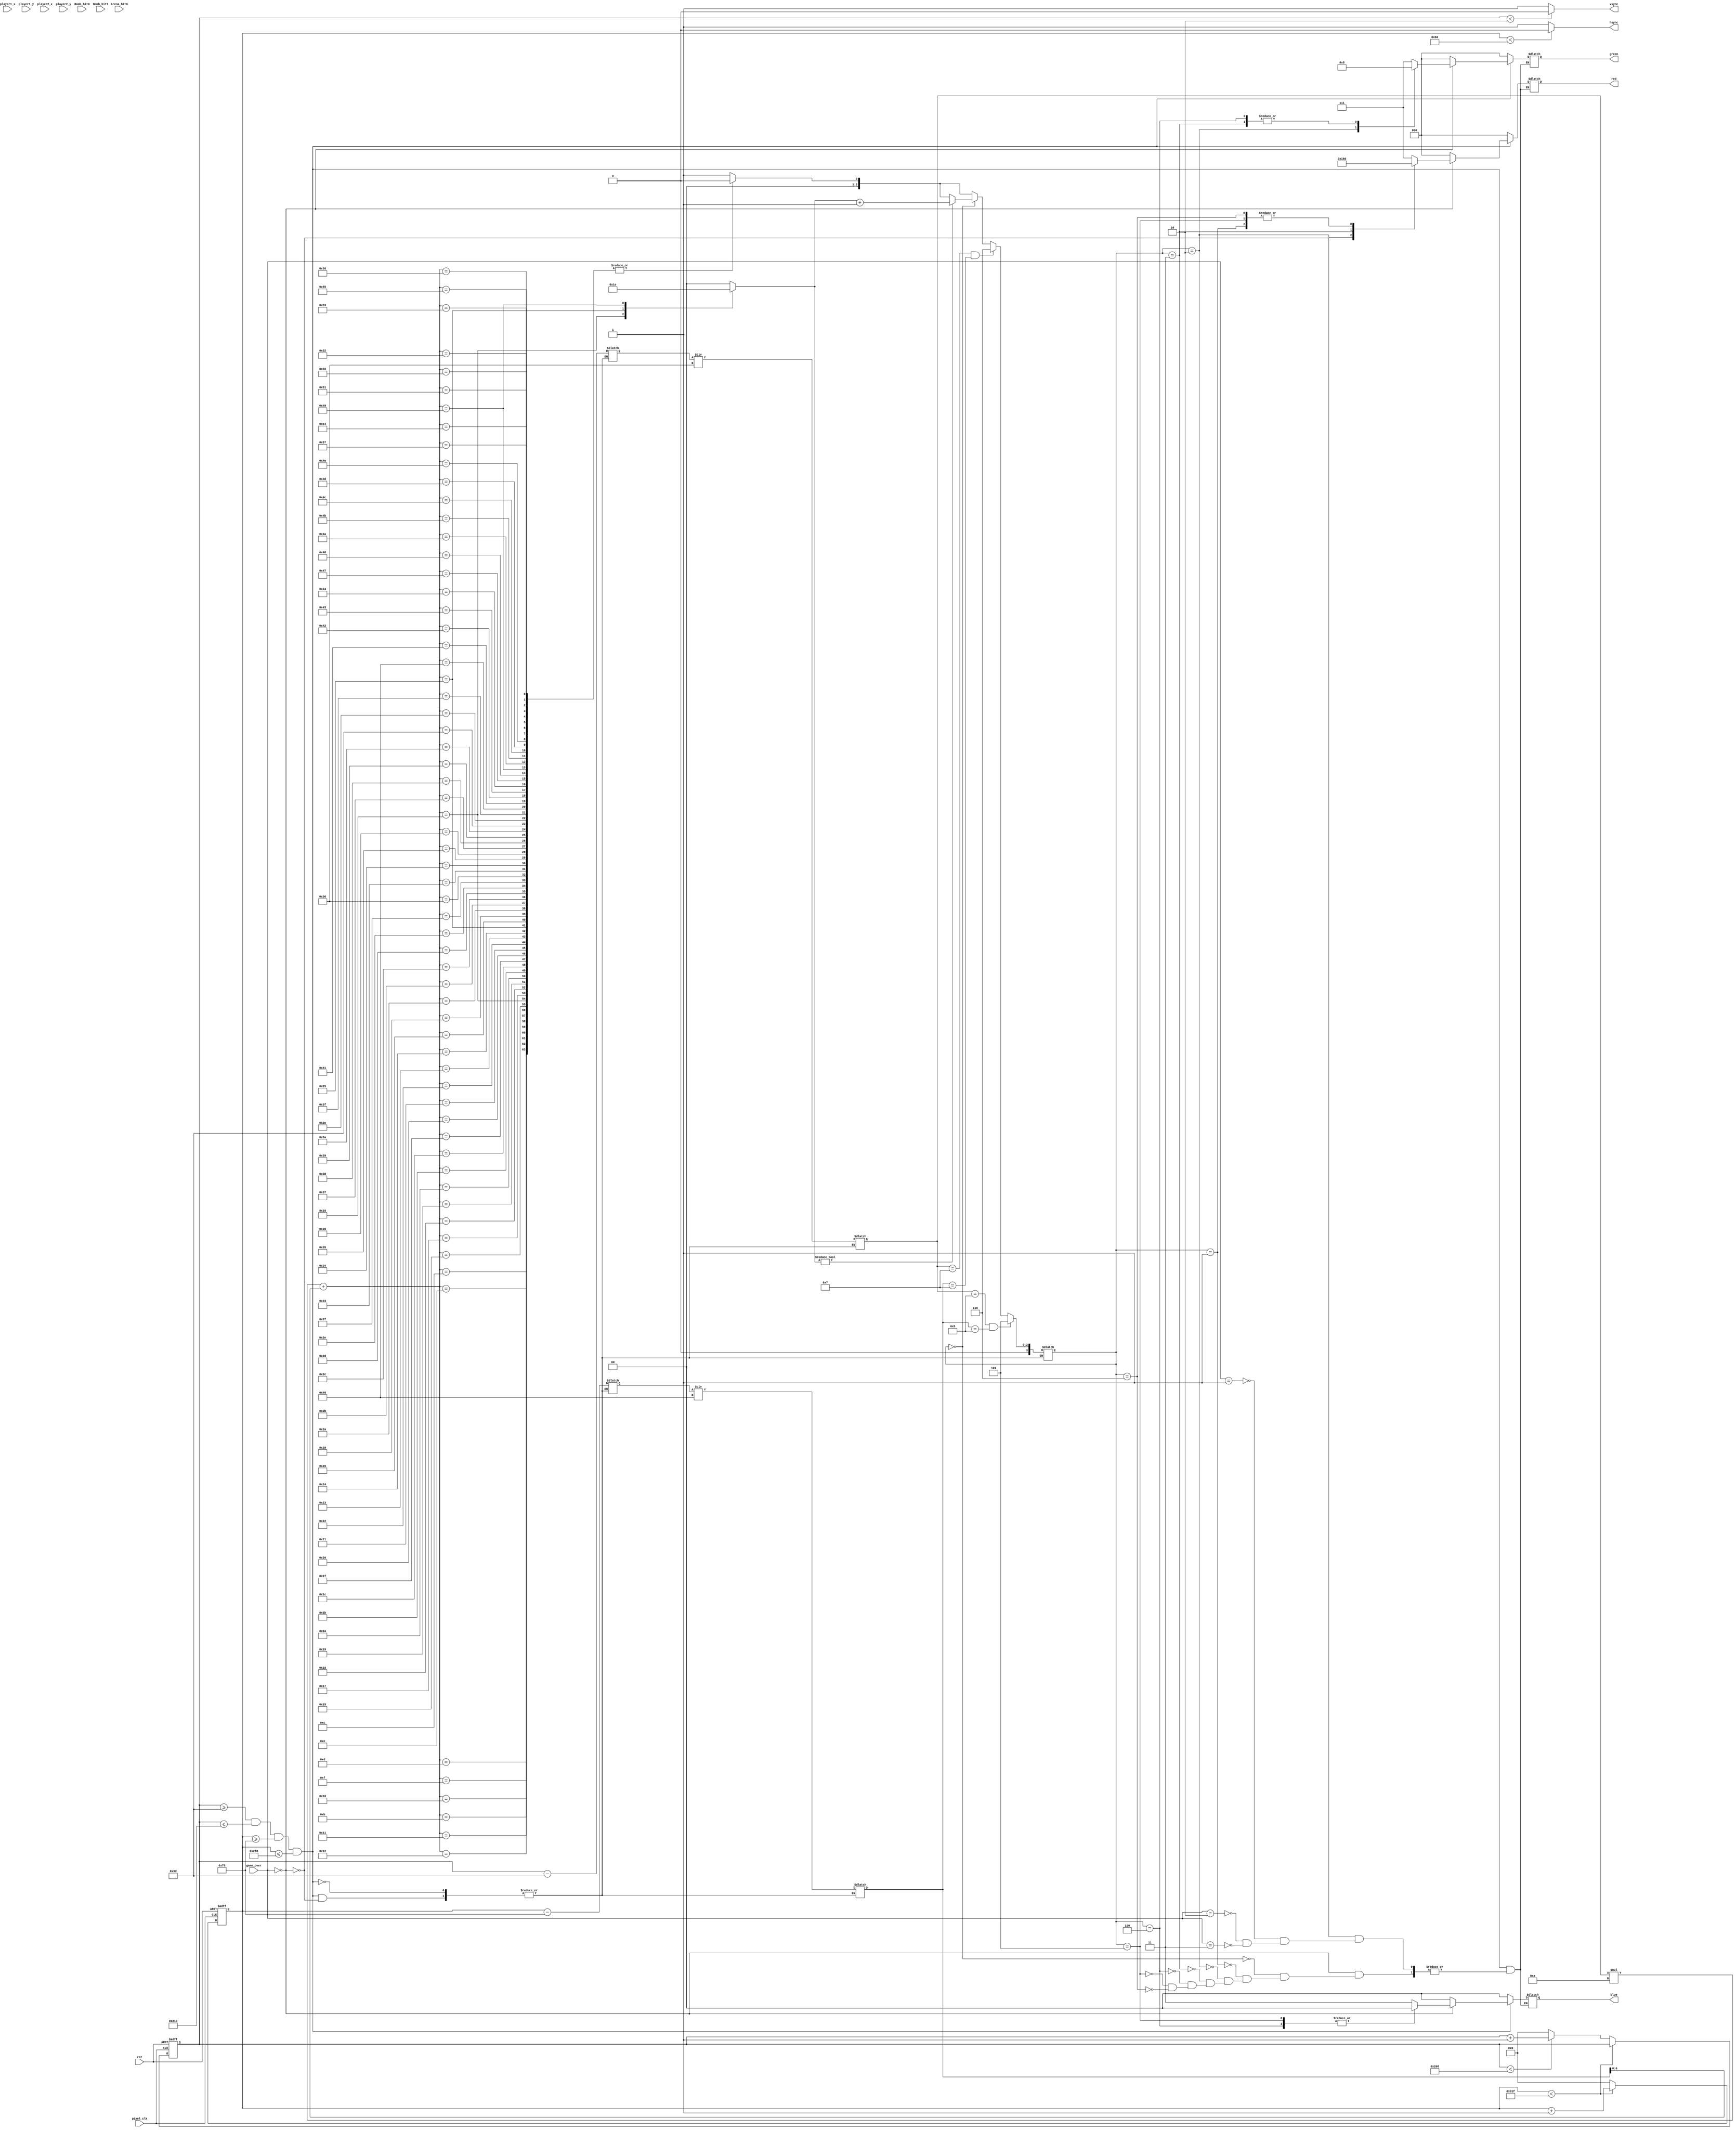
// when we pass in the arena and bomb
// we get two 10*10 arrays
// then, each element in the array would be 64*48 pixels big
// it would then be:
// 0-63   / 0-47, 48-95, 96-143, 144-191, 192-239, 240-287, 288-335, 336-383, 384-431, 432-479
// 64-127
// 128-191
// 192-255
// 256-319
// 320-383
// 384-447
// 448-511
// 512-575
// 576-639
// We just simply make a new array 640*480 big
// make it equal to the corresponding value in arena
// if 0, check bomb to get new value if available

// Then we check if vc and hc are in one of the element in the above matrix
// If so, check the matrix's value, if 1, it's a player, and output red(for example)
// If we want to draw something, we can create a new module
// called painting_character: 
//			input: vc, hc
//			output: vgb color

// Note: if arena[x][y] is zero, display background color.


module vga640x480(

input wire pixel_clk, //pixel clock: 25MHz
input wire rst, //asynchronous reset
input [3:0] player1_x,
input [3:0] player1_y,
input [3:0] player2_x,
input [3:0] player2_y,

input [99:0] Arena_bit0,
//input [99:0] Arena_bit1,
input [99:0] Bomb_bit0,
input [99:0] Bomb_bit1,

input [1:0] game_over, // three values: player 1 win, player 2 win, draw

output wire hsync, //horizontal sync out
output wire vsync, //vertical sync out
output reg [2:0] red, //red vga output
output reg [2:0] green, //green vga output
output reg [1:0] blue //blue vga output
);
	
parameter width = 480;
parameter length = 640;
parameter block_len = length/10;
parameter block_wid = width/10;

	
//wire [1:0] onedim_Arena [0:99];
wire onedim_Arena [0:99];
wire [1:0] onedim_Bomb [0:99];

wire constant_arena [9:0][9:0];
wire [1:0] constant_bomb [9:0][9:0];

genvar i,j;

for (i = 0; i < 10; i = i+1) begin
		for (j = 0; j < 10; j = j+1) begin
				if((i==3) && (j == 7))
					assign constant_bomb[i][j] = 3;
				else if((i==7) && (j == 3))
					assign constant_bomb[i][j] = 2;
				else if((i==2) && (j == 2))
					assign constant_bomb[i][j] = 1;
				else
					assign constant_bomb[i][j] = 0;
            if (i == 0 || i == 9 || j == 0 || j == 9) begin
                assign constant_arena[i][j] = 1; // block
            end
            else begin
                assign constant_arena[i][j] = 0; // blank
            end
		end
    end
/*	 
    // initialize players and blcks
    arena[1][3] = 1; // blocks
    arena[1][7] = 1;
    arena[2][4] = 1;
    arena[3][2] = 1;
    arena[3][4] = 1;
    arena[3][8] = 1;
    arena[4][6] = 1;
    arena[5][1] = 1;
    arena[5][6] = 1;
    arena[5][7] = 1;
    arena[6][2] = 1;
    arena[6][3] = 1;
    arena[7][6] = 1;
    arena[8][4] = 1;
*/
	
genvar flatten_i, flatten_j;
	
for (flatten_i = 0; flatten_i < 10; flatten_i = flatten_i+1)
begin
	for (flatten_j = 0; flatten_j < 10; flatten_j = flatten_j+1)
	begin
		assign onedim_Arena[flatten_i*10+flatten_j] = Arena_bit0[flatten_i*10+flatten_j];
		assign onedim_Bomb[flatten_i*10+flatten_j] = {Bomb_bit1[flatten_i*10+flatten_j], Bomb_bit0[flatten_i*10+flatten_j]};
	end
end	

	
//wire [1:0] Arena [0:9][0:9];
wire Arena [0:9][0:9];
wire [1:0] Bomb [0:9][0:9];

reg [31:0] tst = 0;

	
for (flatten_i = 0; flatten_i < 10; flatten_i = flatten_i+1)
begin
	for (flatten_j = 0; flatten_j < 10; flatten_j = flatten_j+1)
	begin
		//assign Arena[flatten_i][flatten_j] = onedim_Arena[flatten_i*10+flatten_j];
		//assign Bomb[flatten_i][flatten_j] = onedim_Bomb[flatten_i*10+flatten_j];
		assign Arena[flatten_i][flatten_j] = constant_arena[flatten_i][flatten_j];
		assign Bomb[flatten_i][flatten_j] = constant_bomb[flatten_i][flatten_j];
	end
end	

// video structure constants
parameter hpixels = 800;//800;// horizontal pixels per line
parameter vlines = 521;//521; // vertical lines per frame
parameter hpulse = 96; 	// hsync pulse length
parameter vpulse = 2; 	// vsync pulse length
parameter hbp = 120; 	// end of horizontal back porch
parameter hfp = hbp + length; 	// beginning of horizontal front porch
parameter vbp = 61; 		// end of vertical back porch
parameter vfp = vbp + width; 	// beginning of vertical front porch

// active horizontal video is therefore: 784 - 144 = 640
// active vertical video is therefore: 511 - 31 = 480
reg [9:0] hc;
reg [9:0] vc;

always @(posedge pixel_clk or posedge rst)
begin
	// reset condition
	if (rst == 1)
	begin
		hc <= 0;
		vc <= 0;
	end
	else
	begin
		if (hc < hpixels - 1)
			hc <= hc + 1;
		else

		begin
			hc <= 0;
			if (vc < vlines - 1)
				vc <= vc + 1;
			else
				vc <= 0;
		end
		
	end
end
assign hsync = (hc < hpulse) ? 0:1;
assign vsync = (vc < vpulse) ? 0:1;

integer modulus_i, modulus_j;

////////////////////////////////////////

reg [3:0] pixel_crt;
reg [9:0] normalized_vc; // These are just for us to better retrieve value from pixel_arrays
reg [9:0] normalized_hc;


always @(*)
begin

	// first check if we're within vertical active video range
	if (vc >= vbp && vc <= vfp && hc >= hbp && hc <= hfp)
	begin
		if (game_over == 0) // check if game is still on
		begin
			normalized_vc <= vc - vbp;
			normalized_hc <= hc - hbp;
			
			modulus_i <= normalized_vc / block_wid;
			modulus_j <= normalized_hc/ block_len;
			
			//modulus_i <= normalized_vc / block_wid;
			//modulus_j <= normalized_hc/ block_len;
			
			if ((modulus_i == 5) && (modulus_j == 5))
			begin
				pixel_crt <= 5;
				//tst = tst + 1;
				//if (tst == 800000)begin
					//pixel_crt <= 3;
					//tst = tst - 1;
				//end
			end
			
			else if ((modulus_i == 7) && (modulus_j == 7))
			begin
				pixel_crt <= 6;
			end
			
			else
			begin
				pixel_crt <= Arena[modulus_i][modulus_j];
				if (pixel_crt == 0)
				begin
					if (Bomb[modulus_i][modulus_j] != 0)
						pixel_crt <= Bomb[modulus_i][modulus_j] + 1; // 3;
				end
			end
			
			case(pixel_crt) 
			0:	begin red <= 3'b111; green <= 3'b111; blue <= 2'b11; end // background color
			1:  begin red <= 3'b000; green <= 3'b111; blue <= 2'b11; end // block color
			//1:  begin red <= 3'b110; green <= 3'b010; blue <= 2'b11; end // block color
			
			2:  begin red <= 3'b101; green <= 3'b001; blue <= 2'b11; end // player1 color
			//
			/*2: begin
			paint_char paint_char1(
			.hc (hc),
			.vc (vc),
			.p_x (player1_x), // check how x and y are calculated
			.p_y (player1_y), // what this function need is that [3][2] is x = 2, y = 3
			.which (0), //0 is player1, 1 is player2
			.red (red), //red vga output
			.green (green), //green vga output
			.blue (blue) //blue vga output
			);end*/
			////////
			3:  begin red <= 3'b100; green <= 3'b000; blue <= 2'b11; end // player2 color
			//
			/*3: begin
			paint_char paint_char2(
			.hc (hc),
			.vc (vc),
			.p_x (player2_x), // check how x and y are calculated
			.p_y (player2_y), // what this function need is that [3][2] is x = 2, y = 3
			.which (1), //0 is player1, 1 is player2
			.red (red), //red vga output
			.green (green), //green vga output
			.blue (blue) //blue vga output
			);end*/
			///////////////
			4:  begin red <= 3'b111; green <= 3'b000; blue <= 2'b00; end // bomb after 1 sec
			5:  begin red <= 3'b000; green <= 3'b111; blue <= 2'b00; end // bomb after 2 sec color
			6:  begin red <= 3'b000; green <= 3'b111; blue <= 2'b11; end // player 1
			//7:  begin red <= 3'b000; green <= 3'b111; blue <= 2'b00; end // player 2
			endcase
		end
		
		else if (game_over == 1)
		begin
			red <= 0;
			green <= 0;
			blue <= 0;
			//paint_gameend paint_gameend1(
			//.hc (hc),
			//.vc (vc),
			//.p_x (vbp), // check how x and y are calculated
			//.p_y (hbp), // what this function need is that [3][2] is x = 2, y = 3
			//.which (game_over-1), //0 is player1, 1 is player2
			//.red (red), //red vga output
			//.green (green), //green vga output
			//.blue (blue) //blue vga output
			//);end
			//use a module called draw "Player1 Win"
			
		end
		
		else if (game_over == 2)
		begin
			red <= 0;
			green <= 0;
			blue <= 0;
			//paint_gameend paint_gameend1(
			//.hc (hc),
			//.vc (vc),
			//.p_x (vbp), // check how x and y are calculated
			//.p_y (hbp), // what this function need is that [3][2] is x = 2, y = 3
			//.which (game_over-1), //0 is player1, 1 is player2
			//.red (red), //red vga output
			//.green (green), //green vga output
			//.blue (blue) //blue vga output
			//);end
			//use a module called draw "Player2 Win"
		end
		
		else if (game_over == 3)
		begin
			red <= 0;
			green <= 0;
			blue <= 0;
			//paint_gameend paint_gameend1(
			//.hc (hc),
			//.vc (vc),
			//.p_x (vbp), // check how x and y are calculated
			//.p_y (hbp), // what this function need is that [3][2] is x = 2, y = 3
			//.which (game_over-1), //0 is player1, 1 is player2
			//.red (red), //red vga output
			//.green (green), //green vga output
			//.blue (blue) //blue vga output
			//);end
			//use a module called draw "Player2 Win"
		end
	end
	
	// display black: we're outside game zone
	else
	begin
		red <= 0;
		green <= 0;
		blue <= 0;
	end
end

endmodule

// if 0, check bomb to get new value if available

// Then we check if vc and hc are in one of the element in the above matrix
// If so, check the matrix's value, if 1, it's a player, and output red(for example)
// If we want to draw something, we can create a new module
// called painting_character: 
//			input: vc, hc
//			output: vgb color

// Note: if arena[x][y] is zero, display background color.

/*
module vga640x480(

input wire pixel_clk, //pixel clock: 25MHz
input wire rst, //asynchronous reset
input player1_x,
input player1_y,
input player2_x,
input player2_y,

input [99:0] Arena_bit0,
input [99:0] Arena_bit1,
input [99:0] Bomb_bit0,
input [99:0] Bomb_bit1,

input [1:0] game_over, // three values: player 1 win, player 2 win, draw

output wire hsync, //horizontal sync out
output wire vsync, //vertical sync out
output reg [2:0] red, //red vga output
output reg [2:0] green, //green vga output
output reg [1:0] blue //blue vga output
);
	
parameter width = 480;
parameter length = 640;
parameter block_len = length/10;
parameter block_wid = width/10;

	
wire [1:0] onedim_Arena [0:99];
wire [1:0] onedim_Bomb [0:99];

	
genvar flatten_i, flatten_j;
	
for (flatten_i = 0; flatten_i < 10; flatten_i = flatten_i+1)
begin
	for (flatten_j = 0; flatten_j < 10; flatten_j = flatten_j+1)
	begin
		assign onedim_Arena[flatten_i*10+flatten_j] = {Arena_bit1[flatten_i*10+flatten_j], Arena_bit0[flatten_i*10+flatten_j]};
		assign onedim_Bomb[flatten_i*10+flatten_j] = {Bomb_bit1[flatten_i*10+flatten_j], Bomb_bit0[flatten_i*10+flatten_j]};
	end
end	

	
wire [1:0] Arena [0:9][0:9];
wire [1:0] Bomb [0:9][0:9];

	
for (flatten_i = 0; flatten_i < 10; flatten_i = flatten_i+1)
begin
	for (flatten_j = 0; flatten_j < 10; flatten_j = flatten_j+1)
	begin
		assign Arena[flatten_i][flatten_j] = onedim_Arena[flatten_i*10+flatten_j];
		assign Bomb[flatten_i][flatten_j] = onedim_Bomb[flatten_i*10+flatten_j];
	end
end	

// video structure constants
parameter hpixels = 800;// horizontal pixels per line
parameter vlines = 521; // vertical lines per frame
parameter hpulse = 96; 	// hsync pulse length
parameter vpulse = 2; 	// vsync pulse length
parameter hbp = 80; 	// end of horizontal back porch
parameter hfp = hbp + length; 	// beginning of horizontal front porch
parameter vbp = 31; 		// end of vertical back porch
parameter vfp = vbp + width; 	// beginning of vertical front porch

// active horizontal video is therefore: 784 - 144 = 640
// active vertical video is therefore: 511 - 31 = 480
reg [9:0] hc;
reg [9:0] vc;

always @(posedge pixel_clk or posedge rst)
begin
	// reset condition
	if (rst == 1)
	begin
		hc <= 0;
		vc <= 0;
	end
	else
	begin
		if (hc < hpixels - 1)
			hc <= hc + 1;
		else

		begin
			hc <= 0;
			if (vc < vlines - 1)
				vc <= vc + 1;
			else
				vc <= 0;
		end
		
	end
end
assign hsync = (hc < hpulse) ? 0:1;
assign vsync = (vc < vpulse) ? 0:1;

// Start parsing input 10*10 array


reg [2:0] pixel_array [0:length - 1][0:width - 1];

integer i, j;
integer modulus_i, modulus_j;

always @ (posedge pixel_clk)
begin

	for(i = 0; i < length; i = i + 1)
	begin
		for(j = 0; j < width; j = j + 1)
		begin
			modulus_i <= i % block_len;
			modulus_j <= j % block_wid;
			
			pixel_array[i][j] <= Arena[modulus_i][modulus_j];
			if (pixel_array[i][j] == 0)
			begin
				if (Bomb[modulus_i][modulus_j] != 0)
					pixel_array[i][j] <= Bomb[modulus_i][modulus_j] + 3;
			end
		end
	end
end

////////////////////////////////////////


reg normalized_vc; // These are just for us to better retrieve value from pixel_arrays
reg normalized_hc;


always @(*)
begin

	// first check if we're within vertical active video range
	if (vc >= vbp && vc <= vfp && hc >= hbp && hc <= hfp)
	begin
		if (game_over == 0) // check if game is still on
		begin
			normalized_vc <= vc - vbp;
			normalized_hc <= hc - vbp;
			
			case(pixel_array[vc][hc]) 
			0:	begin red <= 3'b111; green <= 3'b111; blue <= 2'b11; end // background color
			1:  begin red <= 3'b110; green <= 3'b111; blue <= 2'b11; end // block color
			2:  begin red <= 3'b101; green <= 3'b111; blue <= 2'b11; end // player1 color
			//
			2: begin
			paint_char paint_char1(
			.hc (hc),
			.vc (vc),
			.p_x (player1_x), // check how x and y are calculated
			.p_y (player1_y), // what this function need is that [3][2] is x = 2, y = 3
			.which (0), //0 is player1, 1 is player2
			.red (red), //red vga output
			.green (green), //green vga output
			.blue (blue) //blue vga output
			);end
			////////
			3:  begin red <= 3'b100; green <= 3'b111; blue <= 2'b11; end // player2 color
			//
			3: begin
			paint_char paint_char2(
			.hc (hc),
			.vc (vc),
			.p_x (player2_x), // check how x and y are calculated
			.p_y (player2_y), // what this function need is that [3][2] is x = 2, y = 3
			.which (1), //0 is player1, 1 is player2
			.red (red), //red vga output
			.green (green), //green vga output
			.blue (blue) //blue vga output
			);end
			///////////////
			4:  begin red <= 3'b011; green <= 3'b111; blue <= 2'b11; end // new bomb color
			5:  begin red <= 3'b010; green <= 3'b111; blue <= 2'b11; end // bomb after 1 sec color
			6:  begin red <= 3'b001; green <= 3'b111; blue <= 2'b11; end // exploding color
			endcase
		end
		
		else if (game_over == 1)
		begin
			red <= 0;
			green <= 0;
			blue <= 0;
			//paint_gameend paint_gameend1(
			//.hc (hc),
			//.vc (vc),
			//.p_x (vbp), // check how x and y are calculated
			//.p_y (hbp), // what this function need is that [3][2] is x = 2, y = 3
			//.which (game_over-1), //0 is player1, 1 is player2
			//.red (red), //red vga output
			//.green (green), //green vga output
			//.blue (blue) //blue vga output
			//);end
			//use a module called draw "Player1 Win"
			
		end
		
		else if (game_over == 2)
		begin
			red <= 0;
			green <= 0;
			blue <= 0;
			//paint_gameend paint_gameend1(
			//.hc (hc),
			//.vc (vc),
			//.p_x (vbp), // check how x and y are calculated
			//.p_y (hbp), // what this function need is that [3][2] is x = 2, y = 3
			//.which (game_over-1), //0 is player1, 1 is player2
			//.red (red), //red vga output
			//.green (green), //green vga output
			//.blue (blue) //blue vga output
			//);end
			//use a module called draw "Player2 Win"
		end
		
		else if (game_over == 3)
		begin
			red <= 0;
			green <= 0;
			blue <= 0;
			//paint_gameend paint_gameend1(
			//.hc (hc),
			//.vc (vc),
			//.p_x (vbp), // check how x and y are calculated
			//.p_y (hbp), // what this function need is that [3][2] is x = 2, y = 3
			//.which (game_over-1), //0 is player1, 1 is player2
			//.red (red), //red vga output
			//.green (green), //green vga output
			//.blue (blue) //blue vga output
			//);end
			//use a module called draw "Player2 Win"
		end
	end
	
	// display black: we're outside game zone
	else
	begin
		red <= 0;
		green <= 0;
		blue <= 0;
	end
end

endmodule
*/